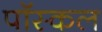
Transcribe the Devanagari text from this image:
पॉस्कल